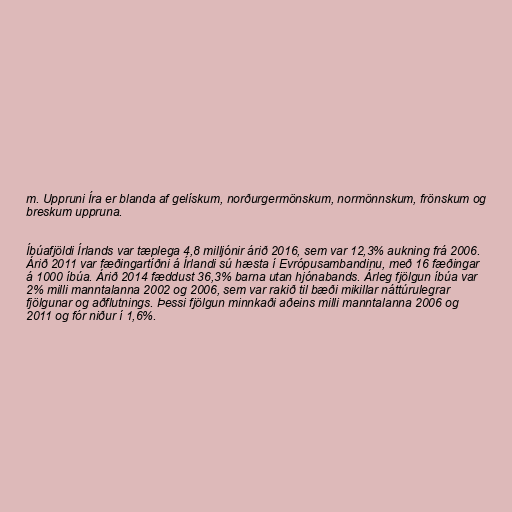
m. Uppruni Íra er blanda af gelískum, norðurgermönskum, normönnskum, frönskum og
breskum uppruna.

Íbúafjöldi Írlands var tæplega 4,8 milljónir árið 2016, sem var 12,3% aukning frá 2006.
Árið 2011 var fæðingartíðni á Írlandi sú hæsta í Evrópusambandinu, með 16 fæðingar
á 1000 íbúa. Árið 2014 fæddust 36,3% barna utan hjónabands. Árleg fjölgun íbúa var
2% milli manntalanna 2002 og 2006, sem var rakið til bæði mikillar náttúrulegrar
fjölgunar og aðflutnings. Þessi fjölgun minnkaði aðeins milli manntalanna 2006 og
2011 og fór niður í 1,6%.